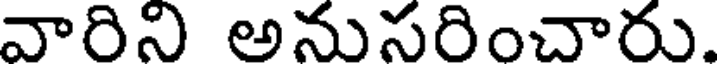
వారిని అనుసరించారు.